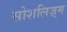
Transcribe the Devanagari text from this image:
सोशलिज़्म